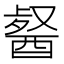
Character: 𮠯